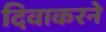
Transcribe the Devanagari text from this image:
दिवाकरने